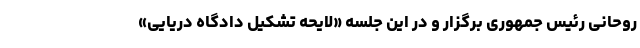
روحانی رئیس جمهوری برگزار و در این جلسه «لایحه تشکیل دادگاه دریایی»